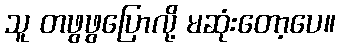
သူ တဖွဖွပြောလို့ မဆုံးတော့ပေ။